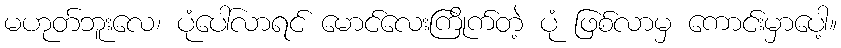
မဟုတ်ဘူးလေ၊ ပုံပေါ်လာရင် မောင်လေးကြိုက်တဲ့ ပုံ ဖြစ်လာမှ ကောင်းမှာပေါ့။